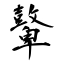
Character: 鼙